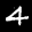
Label: 4